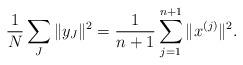
LaTeX: \begin{align*}\frac{1}{N}\sum_J\|y_J\|^2 =\frac{1}{n+1}\sum_{j=1}^{n+1} \|x^{(j)}\|^2.\end{align*}